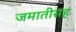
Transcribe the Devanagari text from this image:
जमातीसह